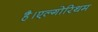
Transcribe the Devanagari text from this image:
है।एल्गोरिथम